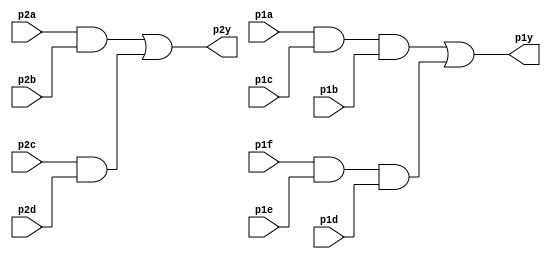
module top_module ( 
    input p1a, p1b, p1c, p1d, p1e, p1f,
    output p1y,
    input p2a, p2b, p2c, p2d,
    output p2y );
    
    wire p1_A1, p1_A2;
    assign p1_A1 = p1a & p1c & p1b;
    assign p1_A2 = p1f & p1e & p1d;
    assign p1y = p1_A1 | p1_A2;
    
    wire p2_A1, p2_A2;
    assign p2_A1 = p2a & p2b;
    assign p2_A2 = p2c & p2d;
    assign p2y = p2_A1 | p2_A2;
    
endmodule